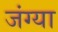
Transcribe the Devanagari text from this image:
जंग्या